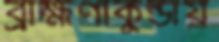
ব্রাহ্মণীকুন্ডায়